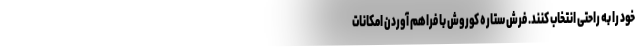
خود را به راحتی انتخاب کنند. فرش ستاره کوروش با فراهم آوردن امکانات